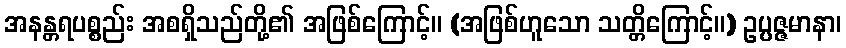
အနန္တရပစ္စည်း အစရှိသည်တို့၏ အဖြစ်ကြောင့်။ (အဖြစ်ဟူသော သတ္တိကြောင့်။) ဥပ္ပဇ္ဇမာနာ၊